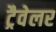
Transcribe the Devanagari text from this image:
ट्रैवेलर